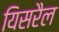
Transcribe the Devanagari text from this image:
यिसरैल